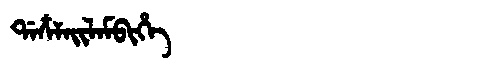
Manchu: ᡩᠠᠴᠶᠠᡳᠯᠠᠮᠪᡳᡥᡝ
Romanization: DACYAILAMBIHE